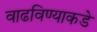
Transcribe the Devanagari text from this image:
वाढविण्याकडे